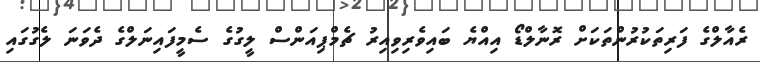
ރެއާލްގެ ފަރިތަކުރުންތަކަށް ރޮނާލްޑޯ އިއްޔެ ބައިވެރިިވިއިރު ޗެމްޕިއަންސް ލީގުގެ ސެމީފައިނަލްގެ ދެވަނަ ލެގުގައި